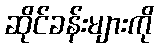
ဆိုင်ခန်းများကို